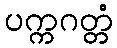
ပက္ကဂတ္တံ